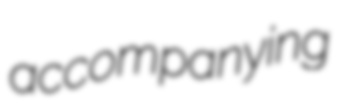
accompanying